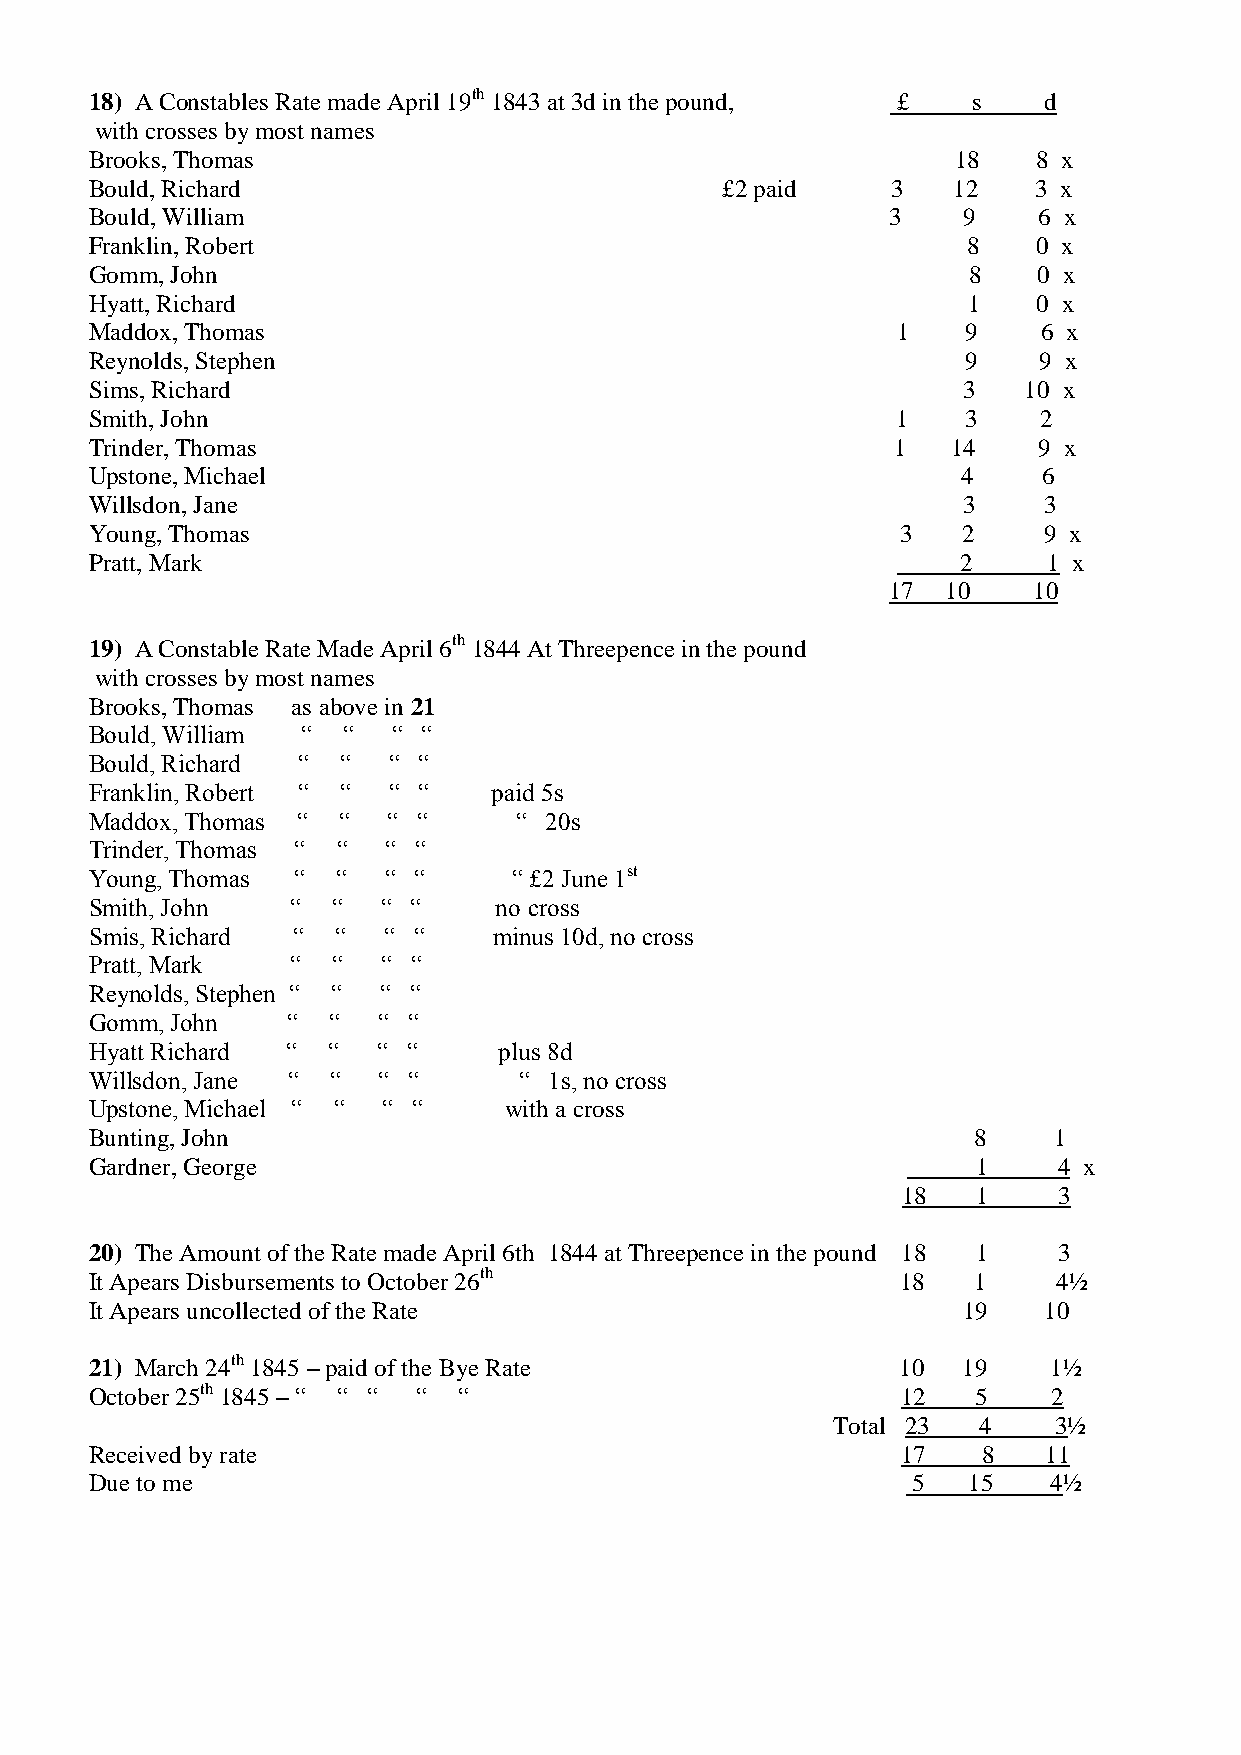
18) A Constables Rate made April 19th 1843 at 3d in the pound, £ s d
 with crosses by most names
 Brooks, Thomas                                           18    8 x
 Bould, Richard                            £2 paid    3   12    3 x
 Bould, William                                       3    9    6 x
 Franklin, Robert                                          8    0 x
 Gomm, John                                                8    0 x
 Hyatt, Richard                                            1    0 x
 Maddox, Thomas                                       1    9    6 x
 Reynolds, Stephen                                         9    9 x
 Sims, Richard                                             3   10 x
 Smith, John                                          1    3    2
 Trinder, Thomas                                      1   14    9 x
 Upstone, Michael                                          4    6
 Willsdon, Jane                                            3    3
 Young, Thomas                                         3   2    9 x
 Pratt, Mark                                               2    1 x
 17  10   10
 19) A Constable Rate Made April 6th 1844 At Threepence in the pound
 with crosses by most names
 Brooks, Thomas as above in 21
 Bould, William “ “  “ “
 Bould, Richard “ “  “ “
 Franklin, Robert “ “ “ “   paid 5s
 Maddox, Thomas “ “  “ “     “ 20s
 Trinder, Thomas “ “ “ “
 Young, Thomas “ “  “ “      “ £2 June 1st
 Smith, John  “  “  “ “     no cross
 Smis, Richard “ “  “ “     minus 10d, no cross
 Pratt, Mark  “  “  “ “
 Reynolds, Stephen “ “ “ “
 Gomm, John   “  “  “ “
 Hyatt Richard “ “  “ “     plus 8d
 Willsdon, Jane “ “ “ “      “ 1s, no cross
 Upstone, Michael “ “ “ “   with a cross
 Bunting, John                                             8     1
 Gardner, George                                            1    4 x
 18   1    3
 20) The Amount of the Rate made April 6th 1844 at Threepence in the pound 18 1 3
 It Apears Disbursements to October 26th               18  1     4½
 It Apears uncollected of the Rate                         19   10
 21) March 24th 1845 – paid of the Bye Rate            10  19   1½
 October 25th 1845 – “ “ “ “ “                         12   5    2
 Total 23  4    3½
 Received by rate                                      17   8   11
 Due to me                                             5   15   4½